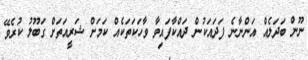
ނޫން ބަދަލެއް އަންނާނެ ފަދައަކުން ދައްކާފައިވާ ވާހަކަތަކެއް ކަމަށް ޝަރީއަތަށް ގަބޫލު ކުރެވޭ